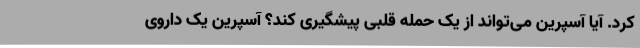
کرد. آیا آسپرین می‌تواند از یک حمله قلبی پیشگیری کند؟ آسپرین یک داروی